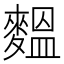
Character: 𪍝